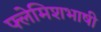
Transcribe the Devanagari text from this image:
फ्लेमिशभाषी